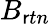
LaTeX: B_{\mathsf{r}tn}